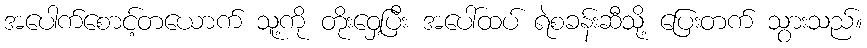
အပေါက်စောင့်တယောက် သူ့ကို တိုးဝှေ့ပြီး အပေါ်ထပ် ရဲစခန်းဆီသို့ ပြေးတက် သွားသည်။